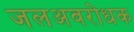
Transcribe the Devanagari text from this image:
जलअवरोधक